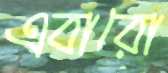
এবারো